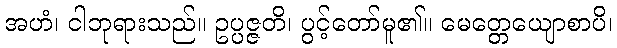
အဟံ၊ ငါဘုရားသည်။ ဥပ္ပဇ္ဇတိ၊ ပွင့်တော်မူ၏။ မေတ္တေယျောစာပိ၊